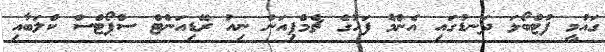
ގައުމީ ފުޓްބޯޅަ ދަނޑުގައި އެންމެ ފަހުގެ ޗެމްޕިއަން ނިއު ރޭޑިއަންޓް ސްޕޯޓްސް ކްލަބާއި